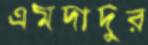
এমদাদুর